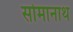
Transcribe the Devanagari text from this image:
सोमानाथ